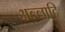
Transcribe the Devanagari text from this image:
अल्लादि